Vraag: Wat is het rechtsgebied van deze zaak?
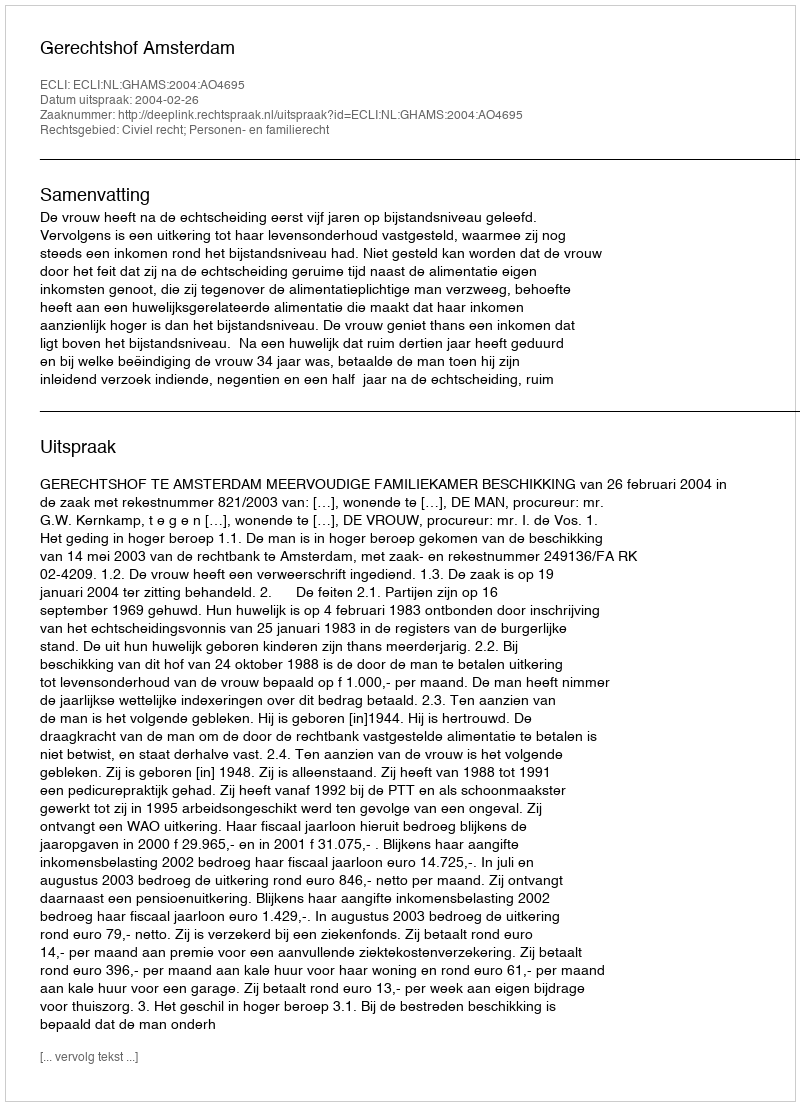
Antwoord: Civiel recht; Personen- en familierecht